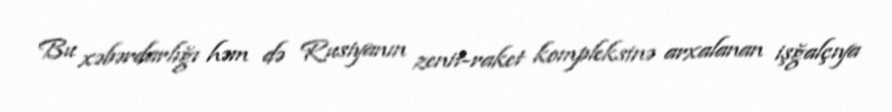
Bu xəbərdarlığı həm də Rusiyanın zenit-raket kompleksinə arxalanan işğalçıya